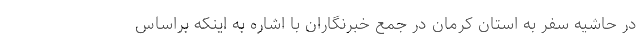
در حاشیه سفر به استان کرمان در جمع خبرنگاران با اشاره به اینکه براساس